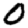
Digit: 0